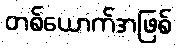
တစ်ယောက်အဖြစ်